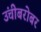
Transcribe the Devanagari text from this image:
उंचीबरोबर